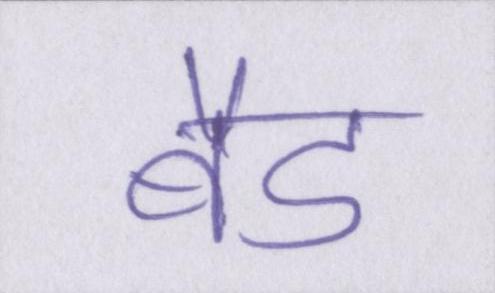
बैड